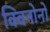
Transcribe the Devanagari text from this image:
क्विनोनों